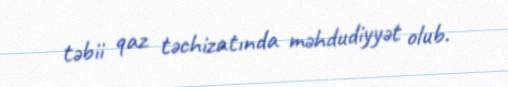
təbii qaz təchizatında məhdudiyyət olub.